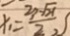
x _ { 1 } = \frac { 3 - \sqrt { 2 1 } } { 2 }